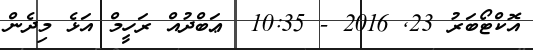
އޮކްޓޯބަރު 23